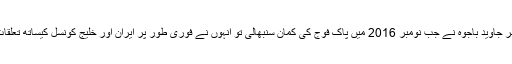
سربراہ پاک فوج جنرل قمر جاوید باجوہ نے جب نومبر 2016 میں پاک فوج کی کمان سنبھالی تو انہوں نے فوری طور پر ایران اور خلیج کونسل کیساتھ تعلقات کی بہتری پر توجہ دی۔